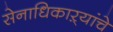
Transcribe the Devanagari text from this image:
सेनाधिकाऱ्यांचे